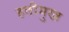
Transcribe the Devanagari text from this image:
हतीमुख